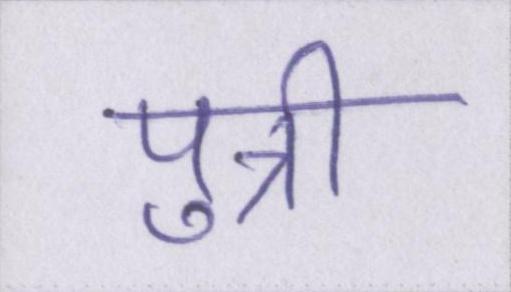
पुत्री